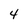
Character: 4